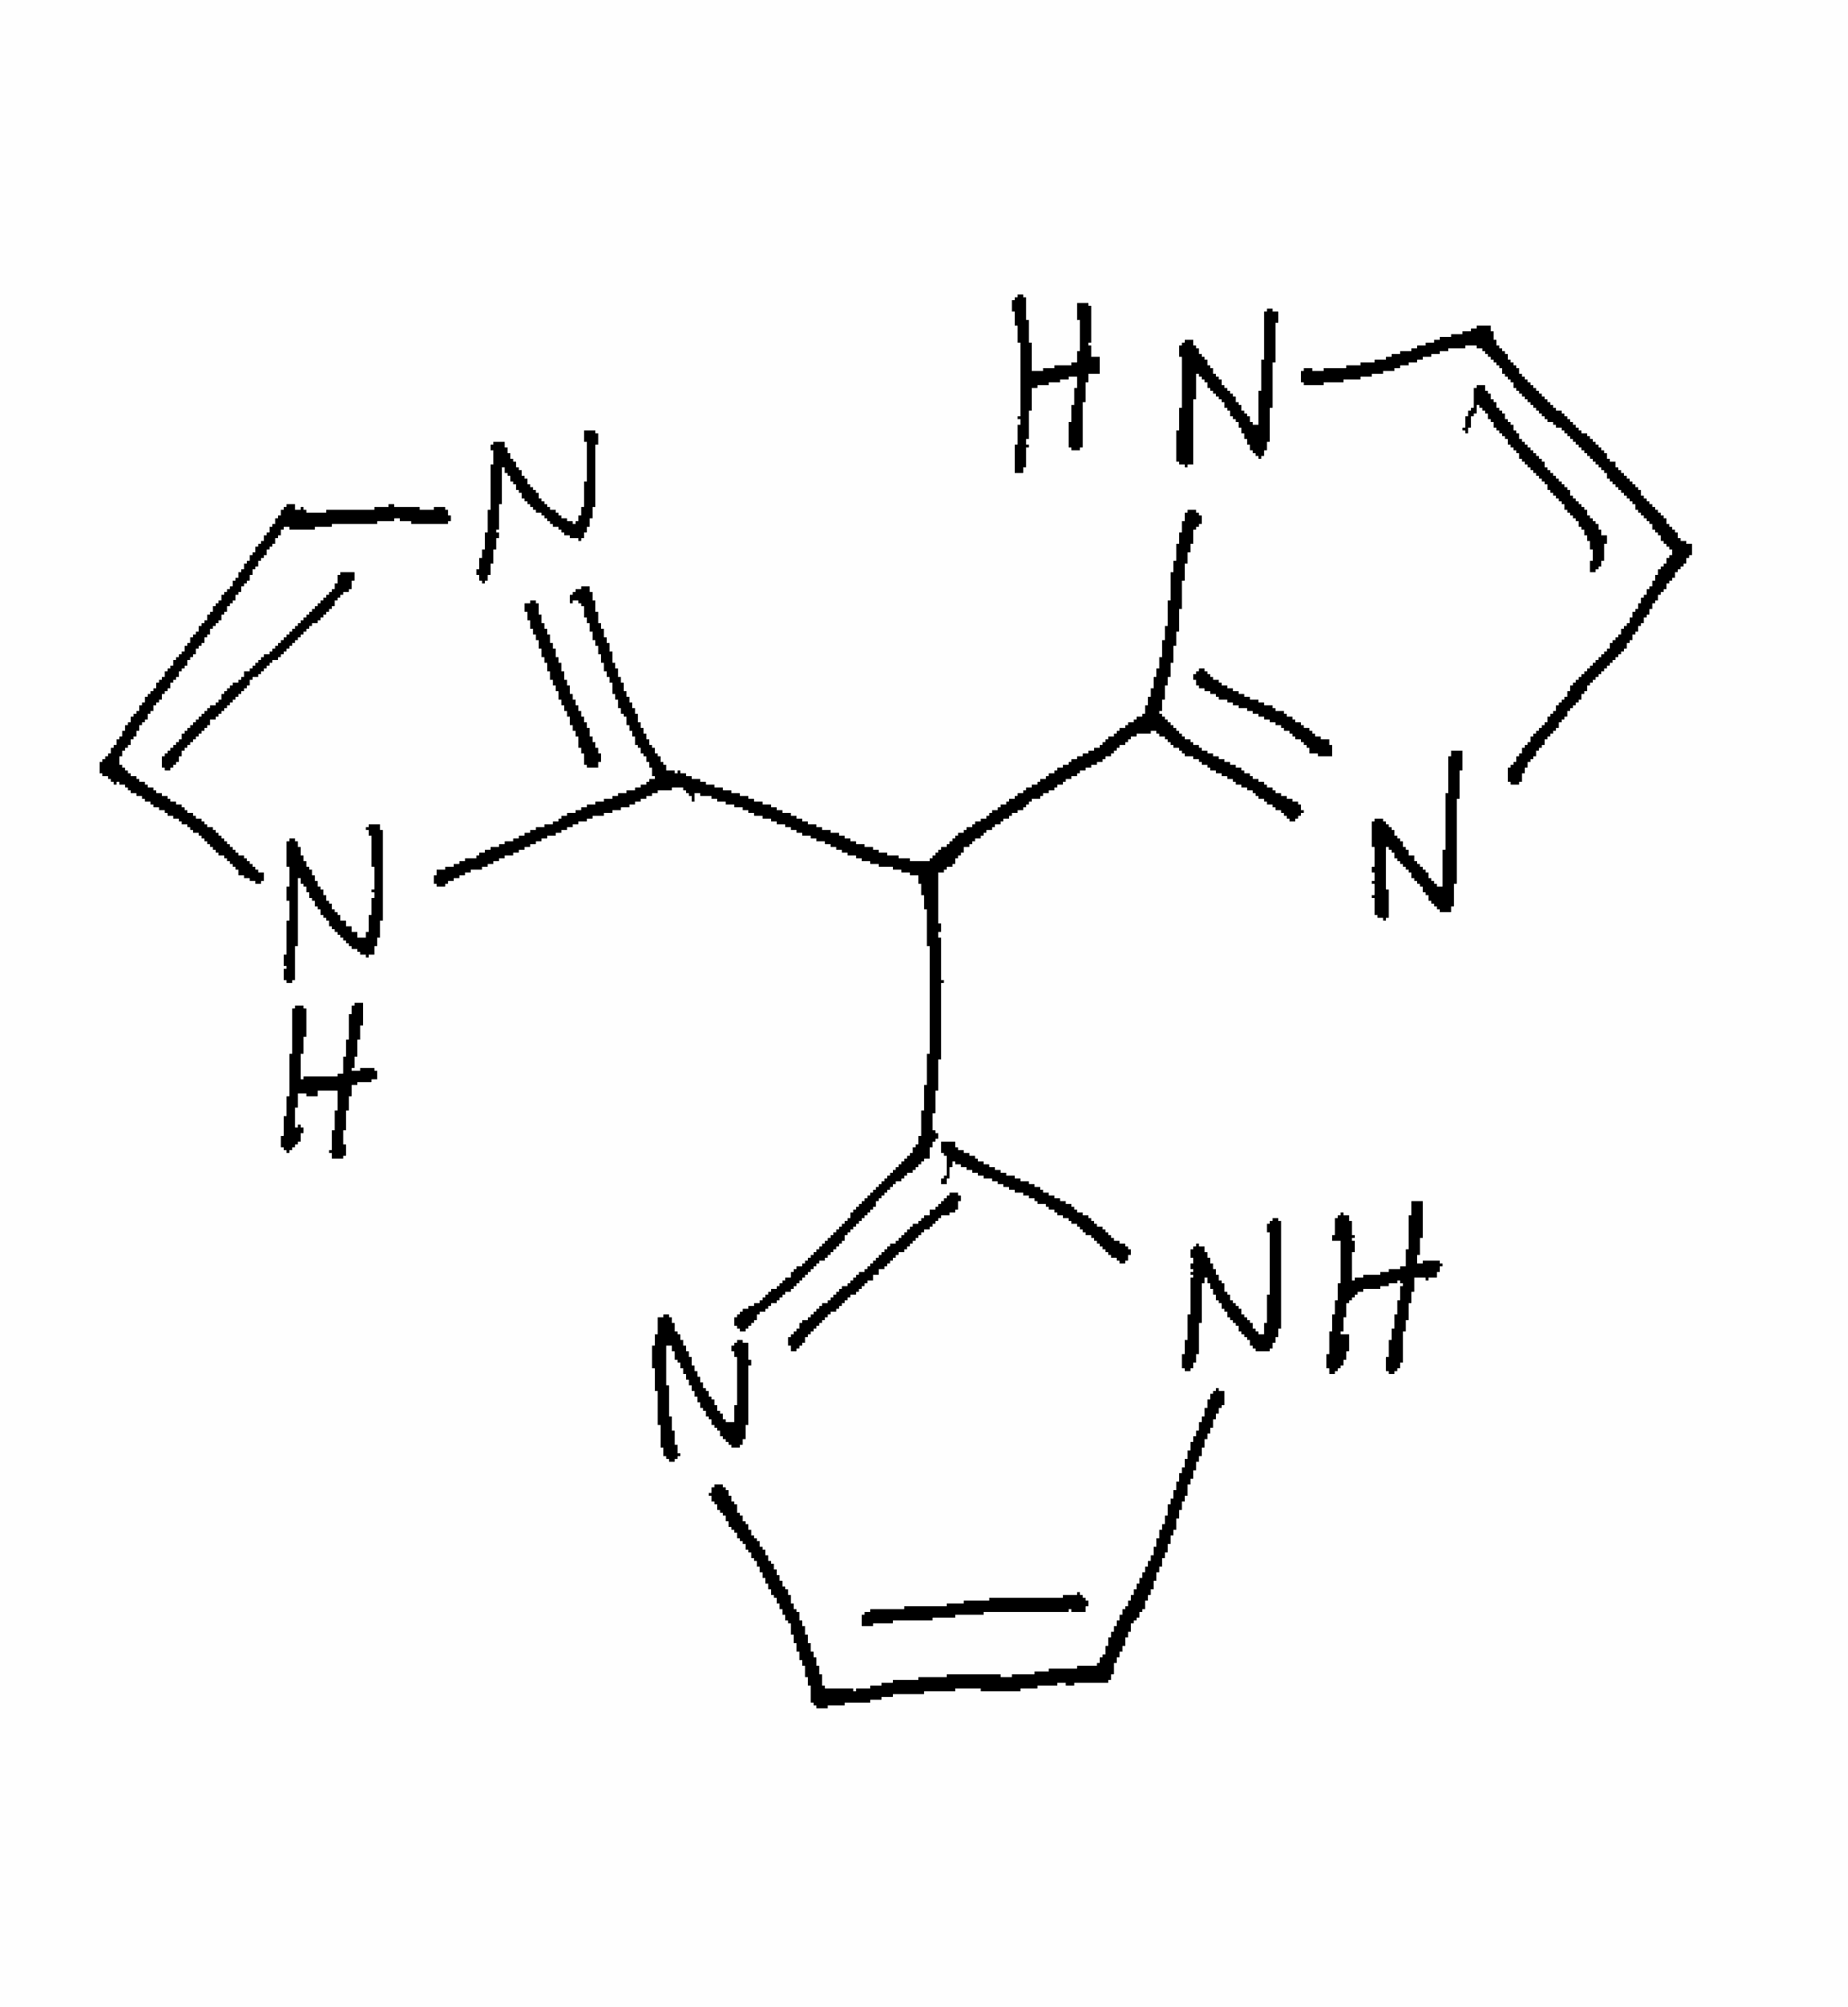
Simplified molecular-input line-entry system (SMILES) notation of the given molecule:
C1=CN=C(N1)C(C2=NC=CN2)C3=NC=CN3